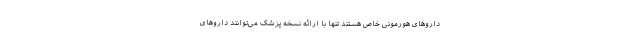
داروهای هورمونی خاص هستند تنها با ارائه نسخه پزشک می‌توانند داروهای